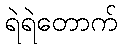
ရဲရဲတောက်